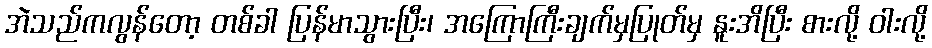
အဲသည်ကလွန်တော့ တစ်ခါ ပြန်မာသွားပြီး၊ အကြောကြီးချက်မှပြုတ်မှ နူးအိပြီး စားလို့ ဝါးလို့